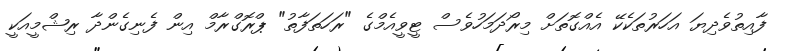
ފާއިތުވެދިޔަ އަހަރުތަކެކޭ އެއްގޮތަށް މިރޯދަމަހުވެސް ޓީވީއެމްގެ "ރަހަތަފާތު" ޕްރޮގްރާމް އިން ފެނިގެންދާ ރިޝްމީއަކީ